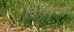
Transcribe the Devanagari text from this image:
फ़िज़िआनॉमी